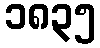
၁၈၃၅